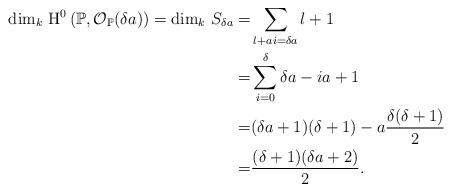
LaTeX: \begin{align*}{\rm dim}_k \ {\rm H}^0\left(\mathbb{P},\mathcal{O}_\mathbb{P}(\delta a)\right)={\rm dim}_k \ S_{\delta a}=&\sum_{l+ai=\delta a}l+1 \\ =& \sum_{i=0}^\delta \delta a -ia+1\\ =& (\delta a +1)(\delta +1)-a\frac{\delta(\delta+1)}{2} \\ =& \frac{(\delta+1)(\delta a +2)}{2}.\end{align*}